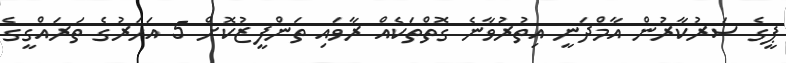
ޕީގެ ސަރުކާރުން އާމްދަނީ އިތުރުވާނެ ގޮތްތަކެއް ރާވައި ތަންފީޒުކޮށް 5 އަހަރުގެ ތަރައްގީގެ